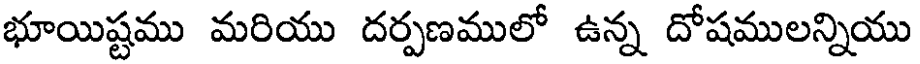
భూయిష్టము మరియు దర్పణములో ఉన్న దోషములన్నియు